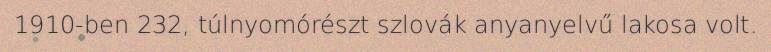
1910-ben 232, túlnyomórészt szlovák anyanyelvű lakosa volt.